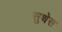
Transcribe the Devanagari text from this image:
सुथेस